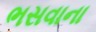
ભસવાના